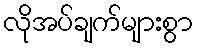
လိုအပ်ချက်များစွာ